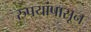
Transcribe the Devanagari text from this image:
रुपयांपासून